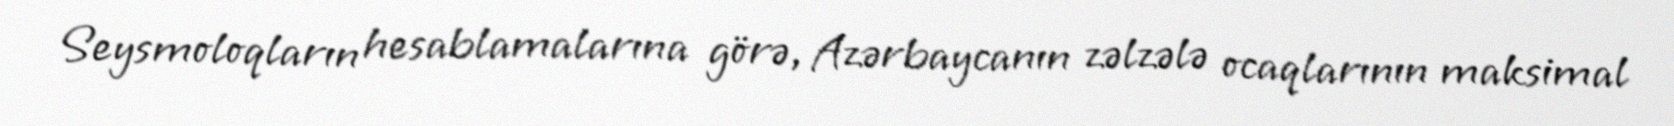
Seysmoloqların hesablamalarına görə, Azərbaycanın zəlzələ ocaqlarının maksimal